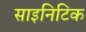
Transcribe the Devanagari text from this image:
साइनिटिक